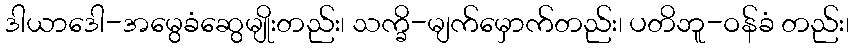
ဒါယာဒေါ-အမွေခံဆွေမျိုးတည်း၊ သက္ခိ-မျက်မှောက်တည်း၊ ပတိဘူ-ဝန်ခံ တည်း၊